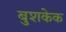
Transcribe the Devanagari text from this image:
बुशकेक